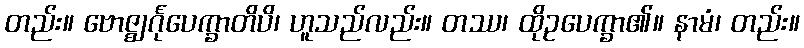
တည်း။ ဗောဇ္ဈင်္ဂုပေက္ခာတိပိ၊ ဟူသည်လည်း။ တဿ၊ ထိုဥပေက္ခာ၏။ နာမံ၊ တည်း။